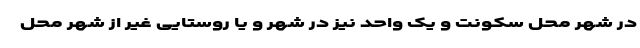
در شهر محل سکونت و یک واحد نیز در شهر و یا روستایی غیر از شهر محل